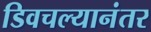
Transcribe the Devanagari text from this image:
डिवचल्यानंतर